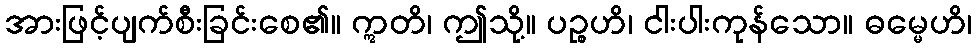
အားဖြင့်ပျက်စီးခြင်းစေ၏။ ဣတိ၊ ဤသို့။ ပဉ္စဟိ၊ ငါးပါးကုန်သော။ ဓမ္မေဟိ၊